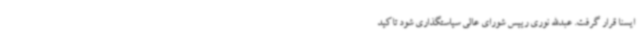
ایسنا قرار گرفت. عبدالله نوری رییس شورای عالی سیاستگذاری شود تاکید